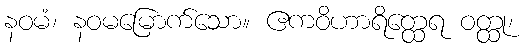
နဝမံ၊ နဝမမြောက်သော။ ဧကဝိဟာရိတ္ထေရ ဝတ္ထု၊